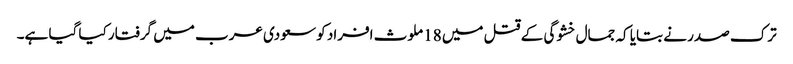
ترک صدر نے بتایا کہ جمال خشوگی کے قتل میں 18 ملوث افراد کو سعودی عرب میں گرفتار کیا گیا ہے۔